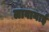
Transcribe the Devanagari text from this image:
लावानाई